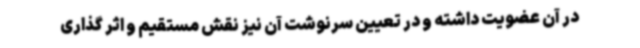
در آن عضویت داشته و در تعیین سرنوشت آن نیز نقش مستقیم و اثر گذاری